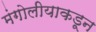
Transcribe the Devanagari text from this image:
मंगोलीयाकडून